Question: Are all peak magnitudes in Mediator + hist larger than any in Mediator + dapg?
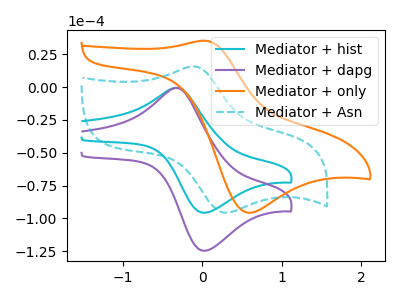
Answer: <think>The cyan curve "Mediator + hist" has an anodic peak at (-0.30V, -0.50uA) and a cathodic peak at (0.00V, -95.65uA). The purple curve "Mediator + dapg" has an anodic peak at (-0.30V, -0.65uA) and a cathodic peak at (0.00V, -124.60uA). The orange curve "Mediator + only" has an anodic peak at (0.00V, 35.35uA) and a cathodic peak at (0.55V, -95.65uA). The cyan dashed curve "Mediator + Asn" has an anodic peak at (-0.10V, 15.80uA) and a cathodic peak at (0.30V, -95.70uA).</think>
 <answer>The peaks in "Mediator + hist" are neither all higher or all lower than the peaks in "Mediator + dapg".</answer>
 <eval>mixed</eval>